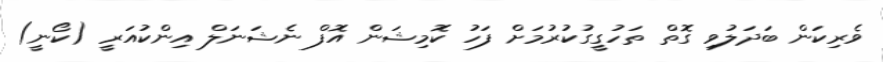
ވެރިކަން ބަދަލުވި ގޮތް ތަހުގީގުކުރުމަށް ފަހު ކޮމިޝަން އޮފް ނެޝަނަލް އިންކުއަރީ (ކޯނީ)